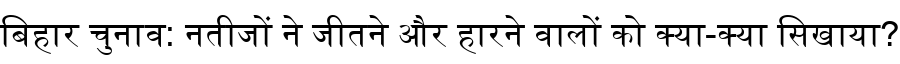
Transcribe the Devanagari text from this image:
बिहार चुनाव: नतीजों ने जीतने और हारने वालों को क्या-क्या सिखाया?